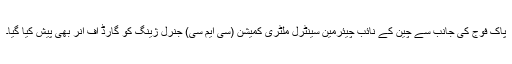
پاک فوج کی جانب سے چین کے نائب چیئرمین سینٹرل ملٹری کمیشن (سی ایم سی) جنرل ژینگ کو گارڈ آف آنر بھی پیش کیا گیا۔